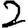
Digit: 2